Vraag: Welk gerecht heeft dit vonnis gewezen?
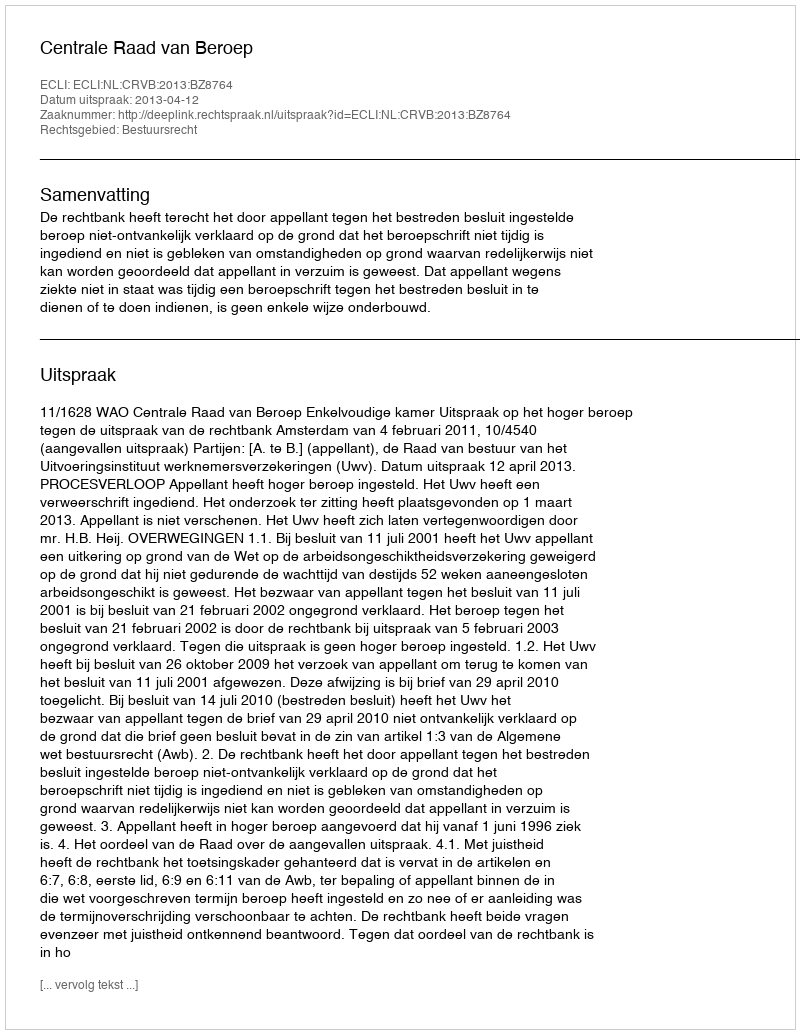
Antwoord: Centrale Raad van Beroep